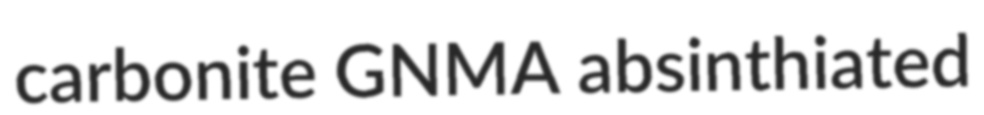
carbonite GNMA absinthiated